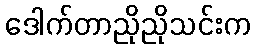
ဒေါက်တာညိုညိုသင်းက